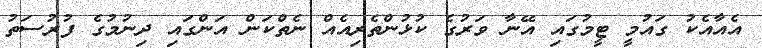
އެއާއެކު ގައުމީ ޓީމުގައި އޭނާ ވަރުގެ ކުޅުންތެރިއެއް ނެތްކަން އަންގައި ދިނުމުގެ ފުރުސަތު